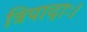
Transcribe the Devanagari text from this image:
त्रिपादाः।